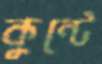
কুন্টে